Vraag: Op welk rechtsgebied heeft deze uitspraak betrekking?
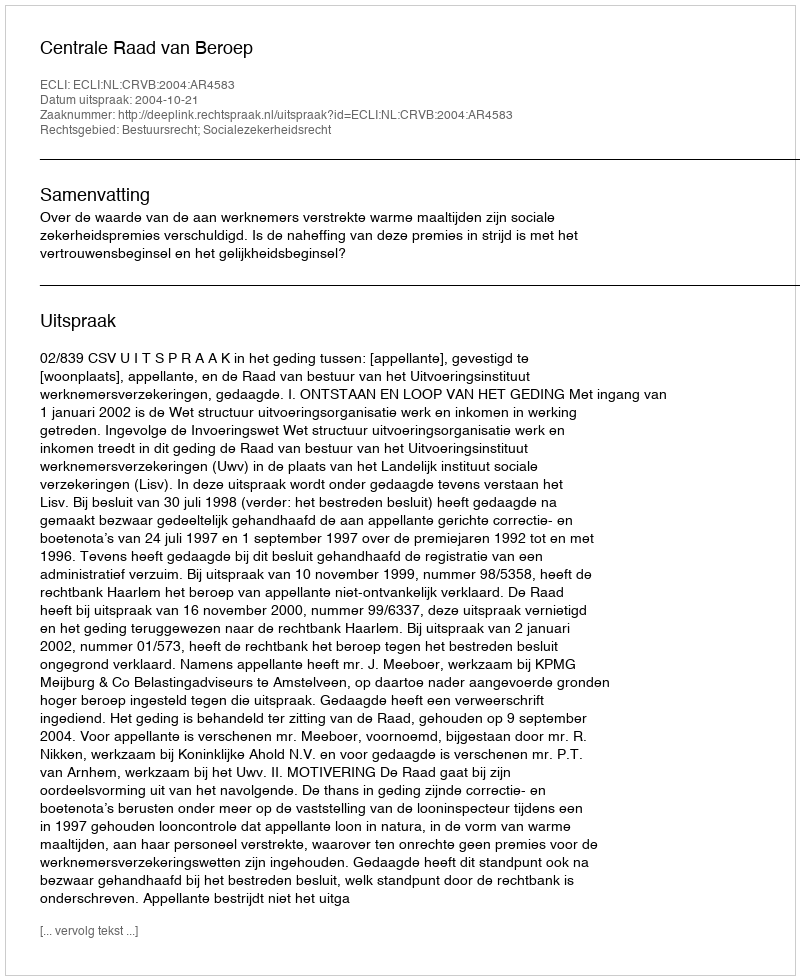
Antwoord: Bestuursrecht; Socialezekerheidsrecht